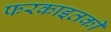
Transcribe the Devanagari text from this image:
फरकाइतकी